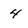
Character: 4